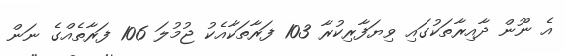
އެ ނޫން ދާއިރާތަކުގައި ވިޔަފާރިކުރާ 103 ފަރާތަކާއެކު ޖުމުލަ 106 ފަރާތެއްގެ ނަން